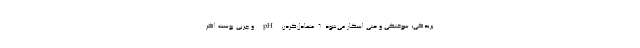
بریدگی، سوختگی و حتی اسکار می‌شود. ۶. متعادل‌کردن pH و چربی پوست اگر